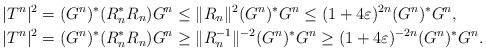
LaTeX: \begin{align*}|T^n|^2=(G^n)^*(R_n^*R_n)G^n&\leq\|R_n\|^2(G^n)^*G^n\leq(1+4\varepsilon)^{2n}(G^n)^*G^n, \\|T^n|^2=(G^n)^*(R_n^*R_n)G^n&\geq\|R_n^{-1}\|^{-2}(G^n)^*G^n\geq(1+4\varepsilon)^{-2n}(G^n)^*G^n.\end{align*}